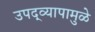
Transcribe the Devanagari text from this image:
उपद्व्यापामुळे